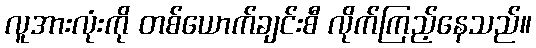
လူအားလုံးကို တစ်ယောက်ချင်းစီ လိုက်ကြည့်နေသည်။